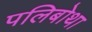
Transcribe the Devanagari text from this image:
पलिबोथा